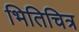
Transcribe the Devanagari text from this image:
भितिचित्र